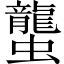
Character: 蠪